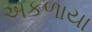
અકળાયા